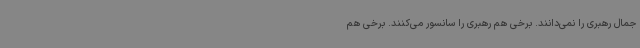
جمال رهبری را نمی‌دانند. برخی هم رهبری را سانسور می‌کنند. برخی هم